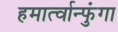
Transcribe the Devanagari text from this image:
हमार्त्वान्फुंगा